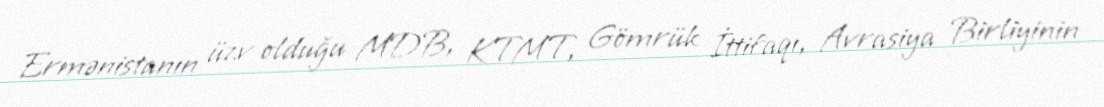
Ermənistanın üzv olduğu MDB, KTMT, Gömrük İttifaqı, Avrasiya Birliyinin